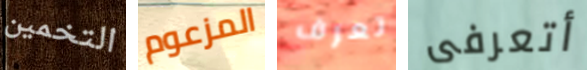
التخمين المزعوم تعرف أتعرفى